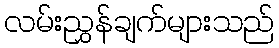
လမ်းညွှန်ချက်များသည်